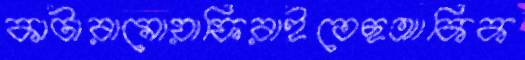
কাটারামোয়াফিরাইতেছআকিক